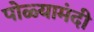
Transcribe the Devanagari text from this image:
पोळ्यामंदी